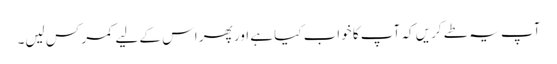
آپ یہ طے کریں کہ آپ کا خواب کیا ہے اور پھر اس کے لیے کمر کس لیں۔